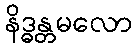
နိဒ္ဓန္တမလော